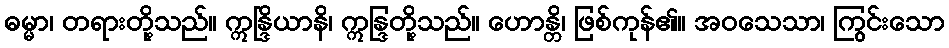
ဓမ္မာ၊ တရားတို့သည်။ ဣန္ဒြိယာနိ၊ ဣန္ဒြတို့သည်။ ဟောန္တိ၊ ဖြစ်ကုန်၏။ အဝသေသာ၊ ကြွင်းသော